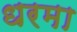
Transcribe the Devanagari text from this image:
धरमा